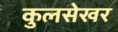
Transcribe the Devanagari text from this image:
कुलसेखर